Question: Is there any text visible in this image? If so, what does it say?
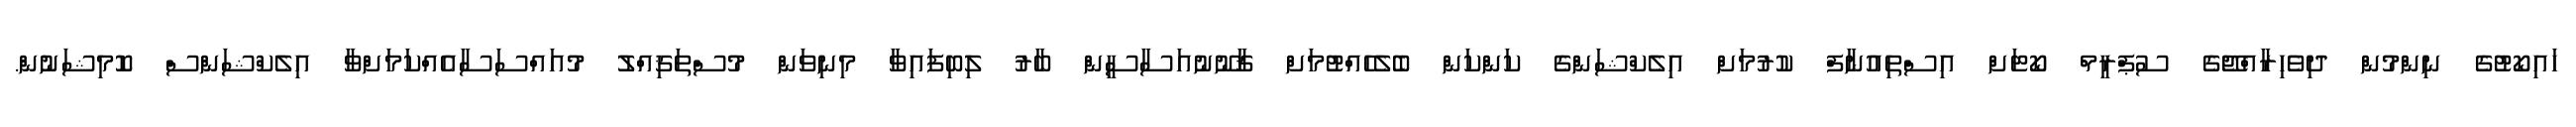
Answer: ހައިކޯޓުގެ ނިންމުން ދިވެހިރާއްޖޭގެ ސުޕްރީމް ކޯޓަށް އިސްތިއުނާފް ކުރުމަށް އިލެކްޝަންގެ ކަންކަން ބެލެހެއްޓުމަށް ޤާނޫނުއަސާސީން ބާރު ލިބިފައިވާ މިނިވަން މުސްތަޤިއްލު މުއައްސަސާއެއްކަމަށްވާ އިލެކްޝަންސް ކޮމިޝަނުން.